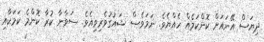
ދިޔަސް އޭނައަށް ކޮންކަމެއް ހެއްޔެވެ. ނަމަވެސް ޝައުގުވެރިވިއެވެ. ސަވާނާ ކުރާ ކޮންމެ ކަމަކާއި